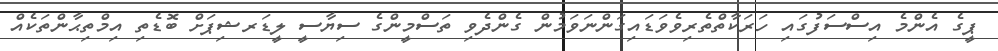
ޕީގެ އެންމެ އިސްސަފުގައި ހަރަކާތްތެރިވެވަޑައިގަންނަވަމުން ގެންދެވި ތަސްމީންގެ ސިޔާސީ ލީޑަރޝިޕަށް ބޮޑެތި އިމްތިޙާންތަކެއް